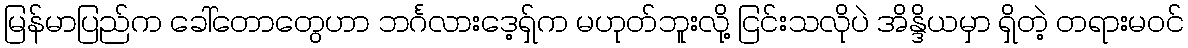
မြန်မာပြည်က ခေါ်တောတွေဟာ ဘင်္ဂလားဒေ့ရှ်က မဟုတ်ဘူးလို့ ငြင်းသလိုပဲ အိန္ဒိယမှာ ရှိတဲ့ တရားမဝင်